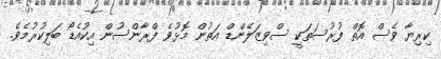
ކިރިޔާ ވެސް އޮތް ފުރުސަތަކީ ސްވިޒަލޭންޑް އަތުން މޮޅުވެ ފްރާންސުން އިކުއެޑޯ ބަލިކުރުމެވެ.